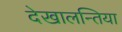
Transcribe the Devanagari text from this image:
देखालन्तिया